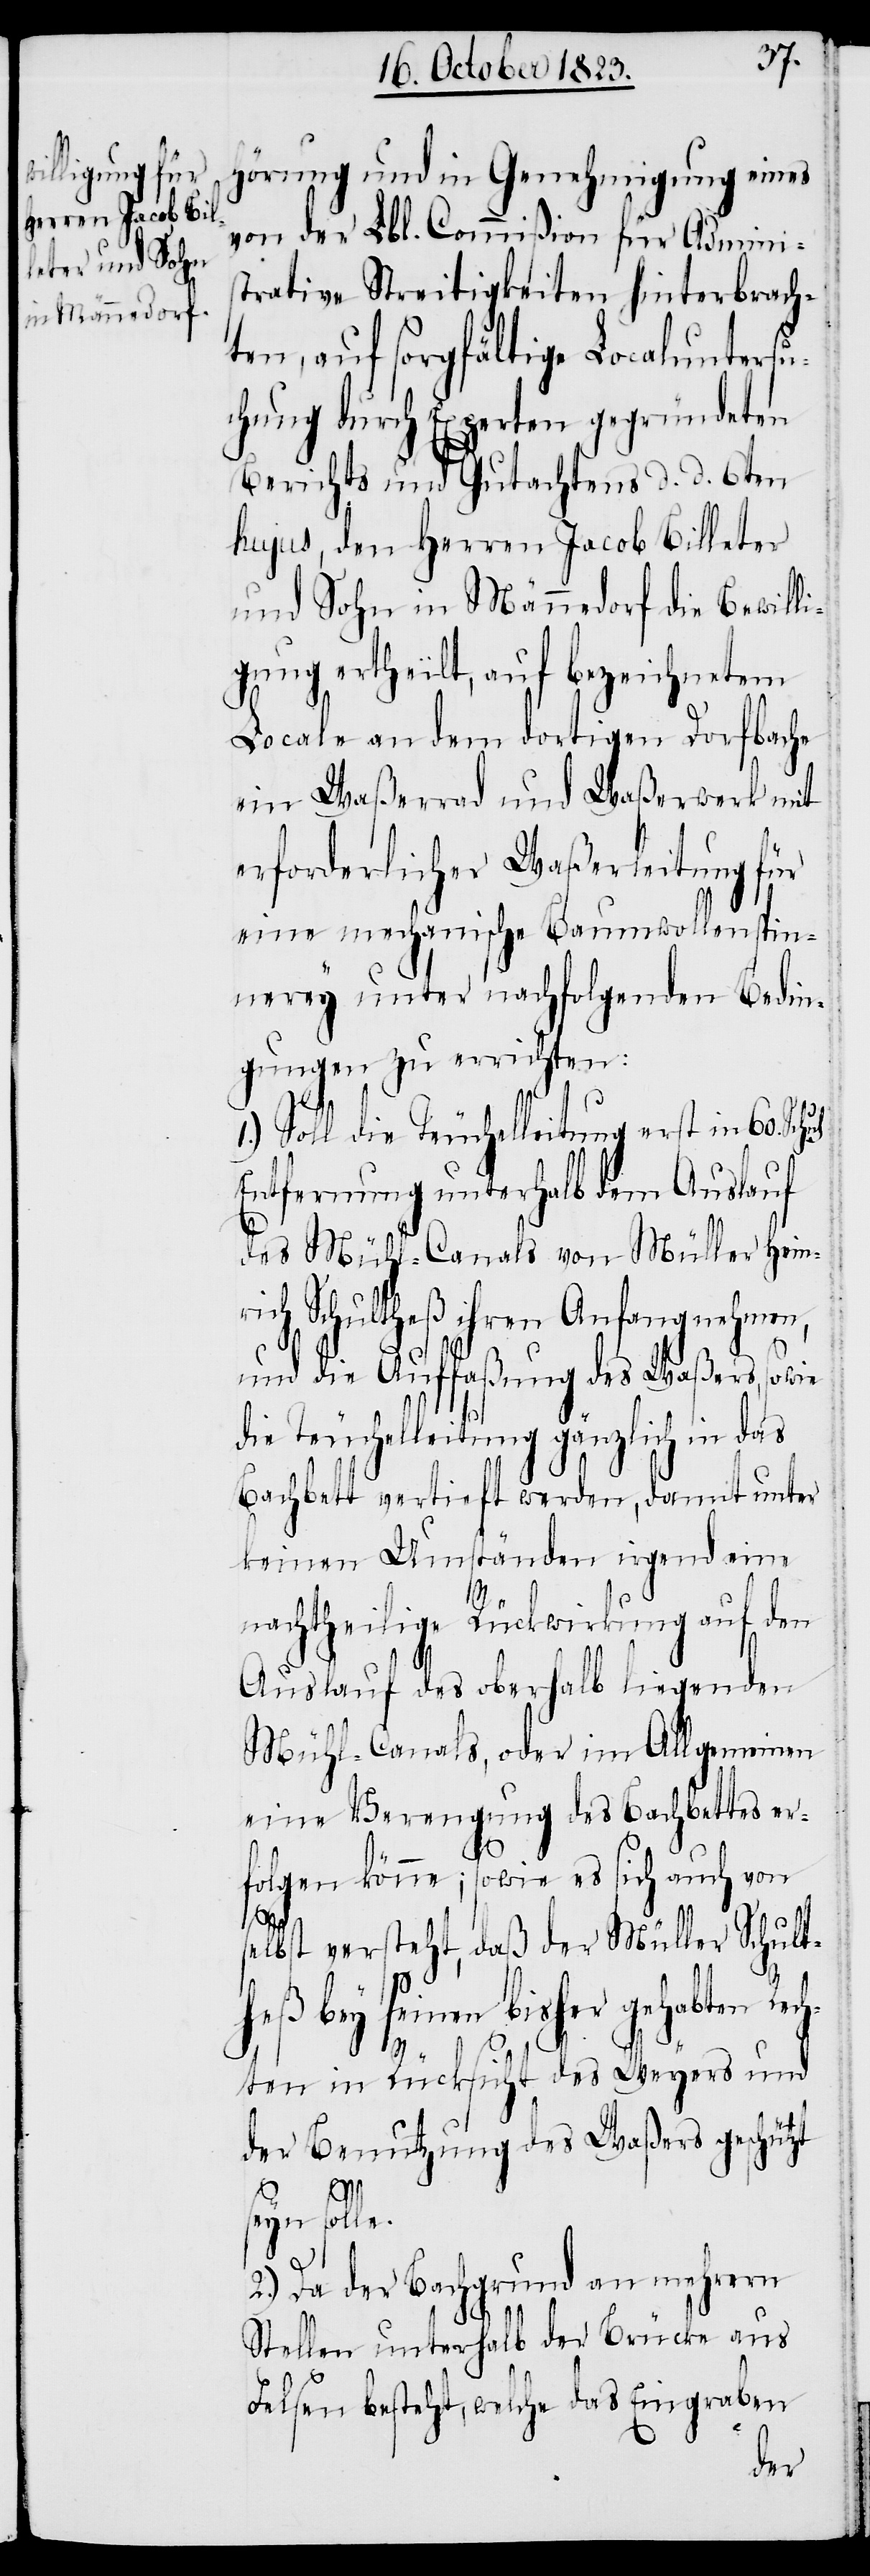
von der Lbl. Commißion für Admini¬
strative Streitigkeiten hinterbrach¬
ten, auf sorgfältige Localuntersu¬
chung durch Experten gegründeten
Berichts und Gutachtens d. d. 6ten
hujus, den Herren Jacob Billeter
und Sohn in Männedorf die Bewilli¬
gung ertheilt, auf bezeichnetem
Locale an dem dortigen Dorfbache
ein Waßerrad und Waßerwerk mit
erforderlicher Waßerleitung für
eine mechanische Baumwollenspin¬
nerey unter nachfolgenden Bedin¬
gungen zu errichten:
Soll die Teuchelleitung erst in 60.
Entfernung unterhalb dem Auslauf
des Mühl-Canals von Müller Heinr¬
ich Schultheß ihren Anfang nehmen,
und die Auffaßung des Waßers, sowie
Teuchelleitung gänzlich in
Bachbett vertieft werden, damit unter
keinen Umständen irgend eine
nachtheilige Rückwirkung auf den
Auslauf des oberhalb liegenden
Mühl-Canals, oder im Allgemeinen
eine Verengung des Bachbettes er¬
folgen könne; sowie es sich auch von
selbst versteht, daß der Müller Schult¬
heß bey seinen bisher gehabten Rec¬
le.
hten in Rücksicht des Weyers und
der Benutzung des Waßers geschützt
seyn sol¬
2.) Da der Bachgrund an mehrern
Stellen unterhalb der Brücke aus
Felsen besteht, welche das Eingraben